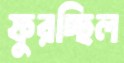
ফুরচ্ছিল